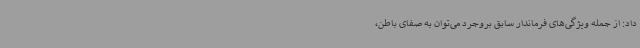
داد: از جمله ویژگی‌های فرماندار سابق بروجرد می‌توان به صفای باطن،